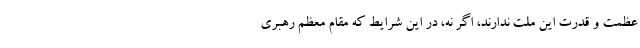
عظمت و قدرت این ملت ندارند، اگر نه، در این شرایط که مقام معظم رهبری